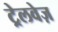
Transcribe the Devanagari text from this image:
ट्रेलवेज़